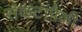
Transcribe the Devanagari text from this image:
संकटांपैकी